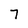
Character: 7